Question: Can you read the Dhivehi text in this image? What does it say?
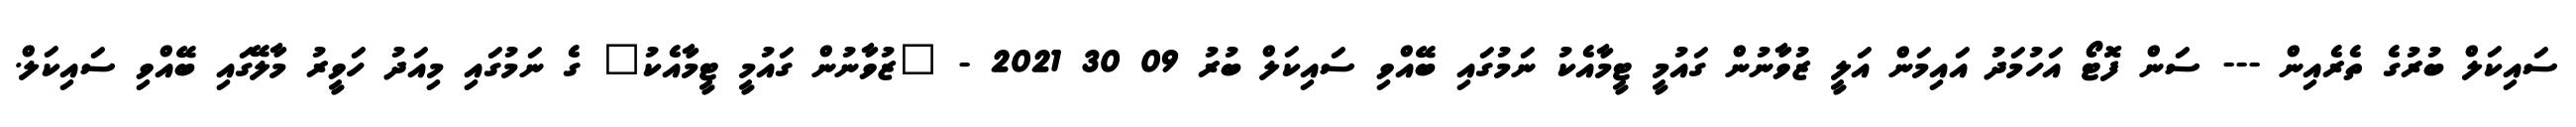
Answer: ސައިކަލް ބުރުގެ ތެރެއިން --- ސަން ފޮޓޯ އަހުމަދު އައިމަން އަލީ ޒުވާނުން ގައުމީ ޓީމާއެކު ނަމުގައި ބޭއްވި ސައިކަލް ބުރު 09 30 2021 - "ޒުވާނުން ގައުމީ ޓީމާއެކު" ގެ ނަމުގައި މިއަދު ހަވީރު މާލޭގައި ބޭއްވި ސައިކަލް.